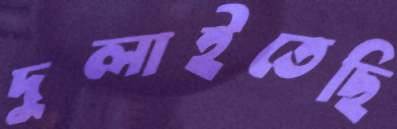
দুলাইতেছি